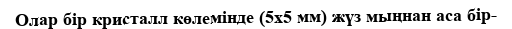
Олар бір кристалл көлемінде (5x5 мм) жүз мыңнан аса бір-